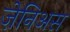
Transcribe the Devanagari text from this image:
ज़ेनिअस